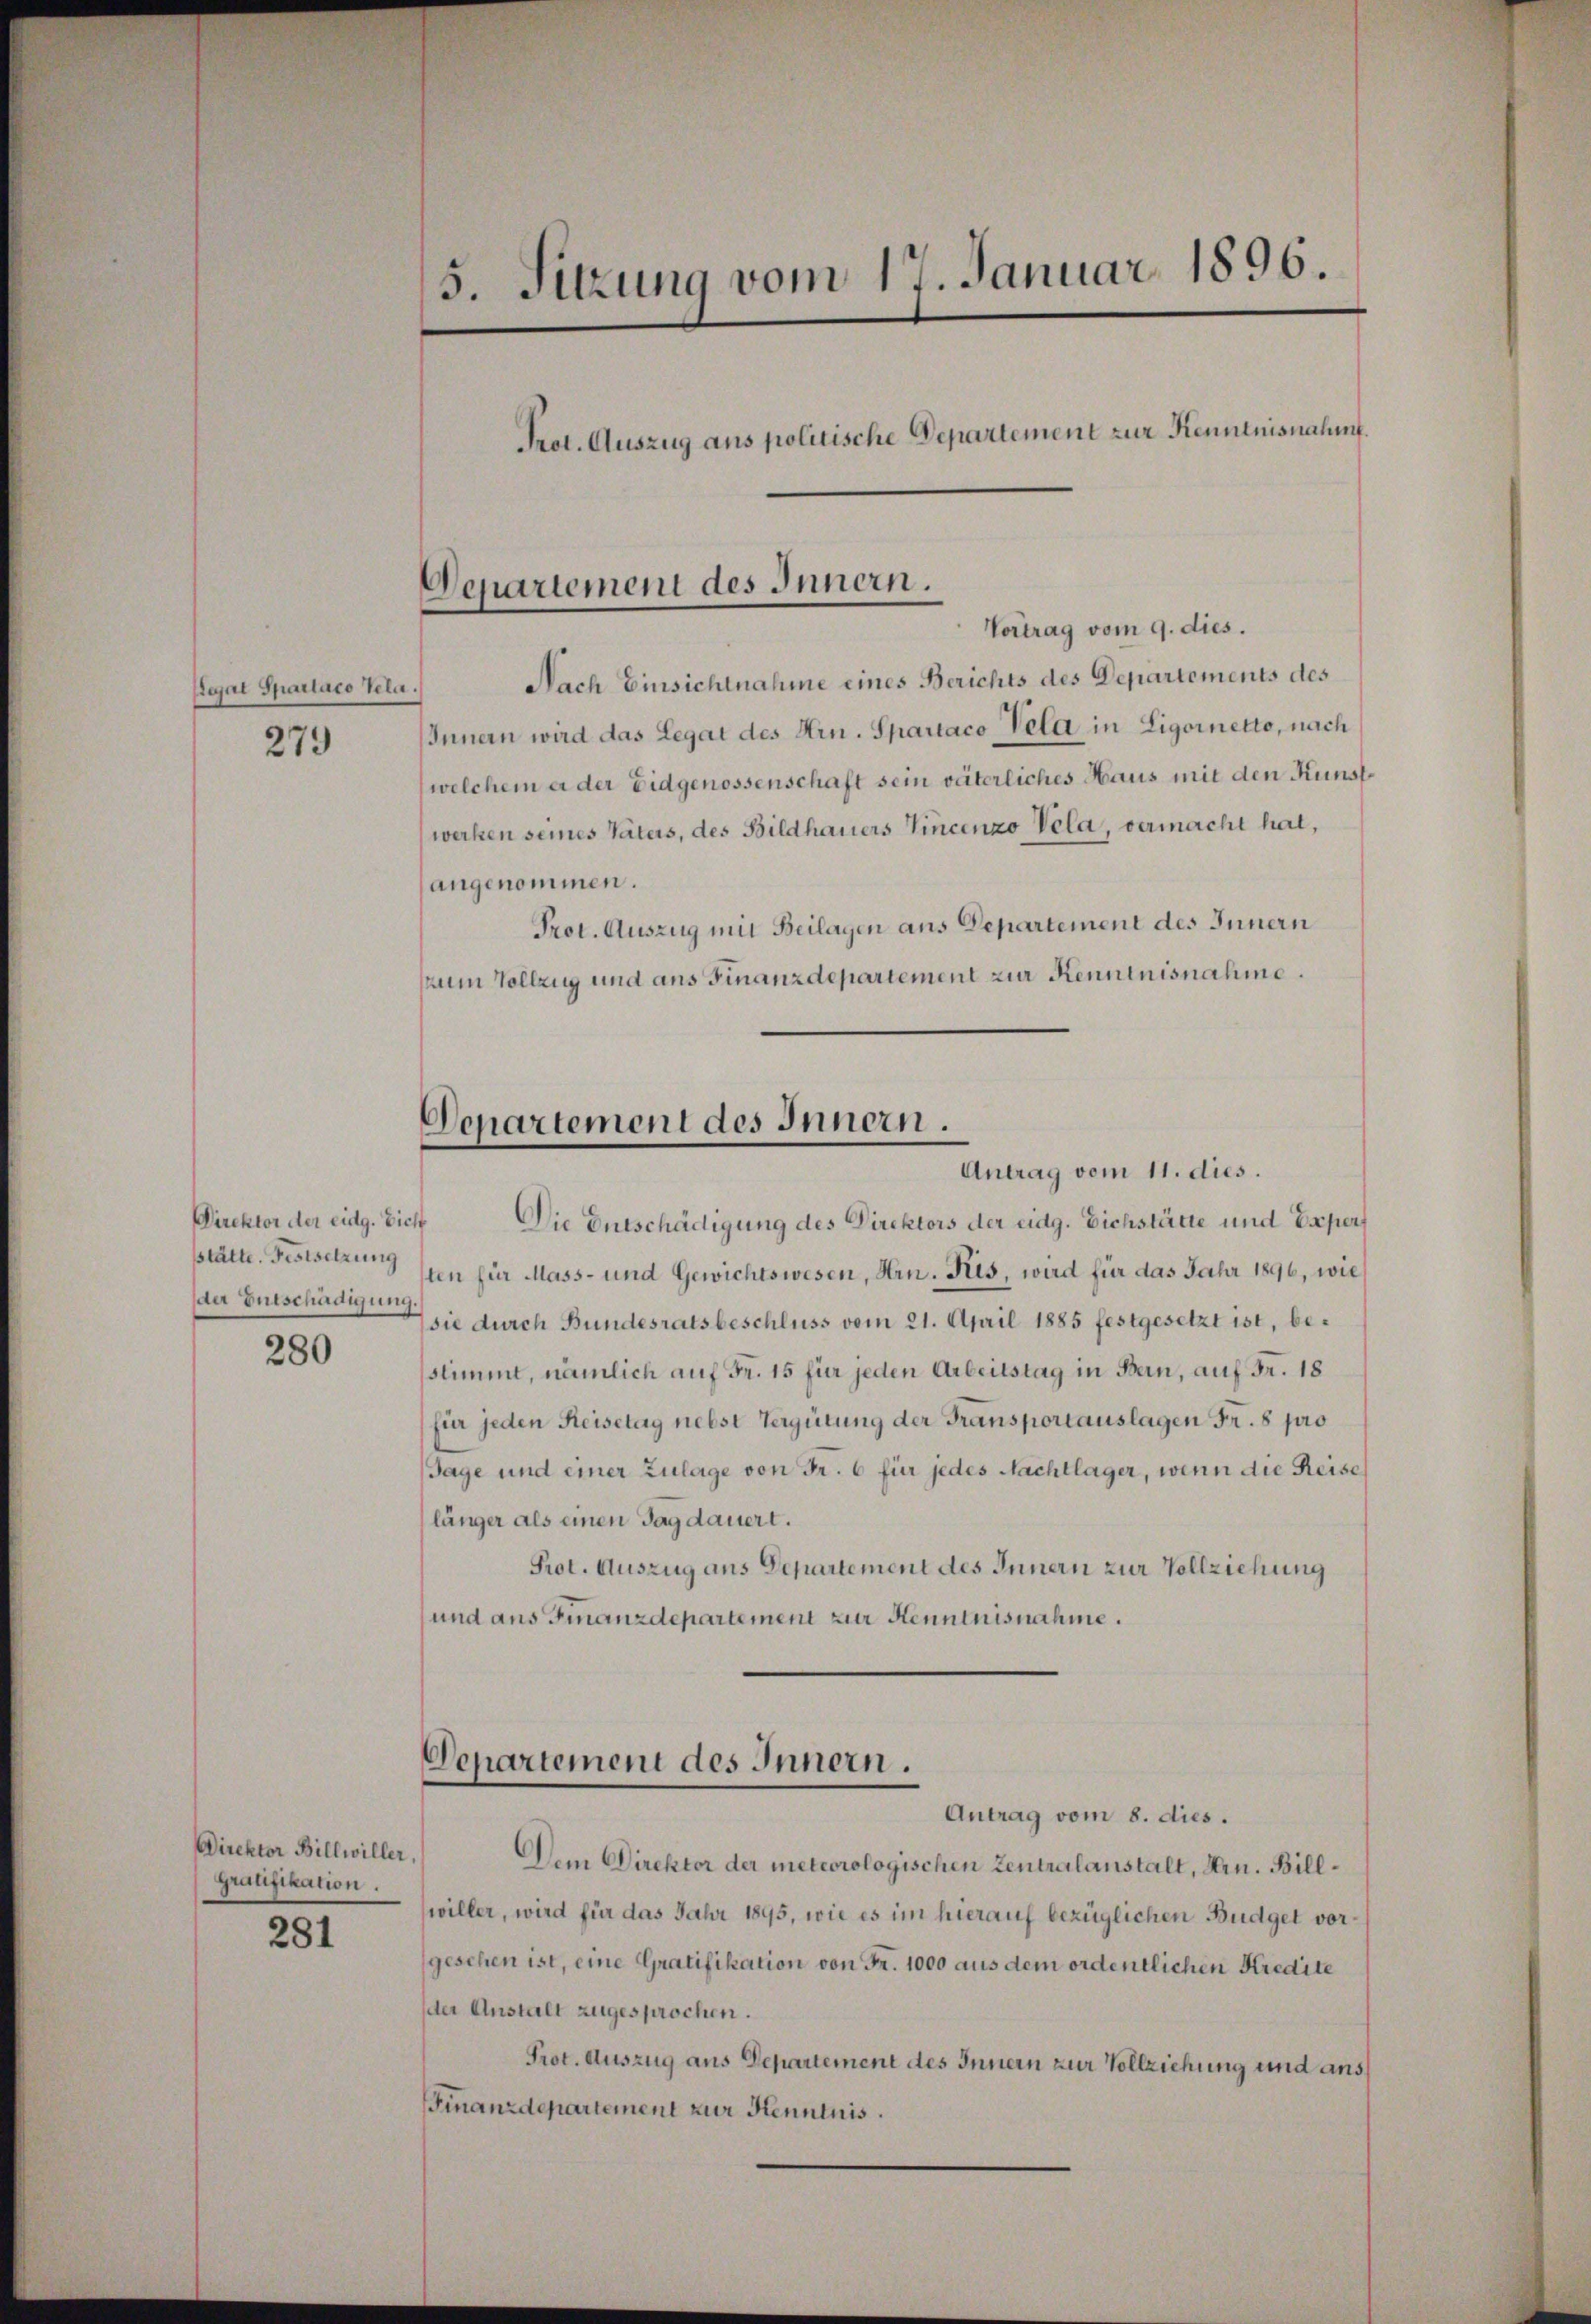
Regal Sparlaco Tela.

279

Direktor der eidg. Vieh
der Entschädigung.
280

Direktor Billwiller,
Graffikation.

281

5. Sitzung vom 17. Januar 1896.
Prot. Auszug aus politische Departement zur Kenntnisnahm.

Departement des Innern.
Vortrag vom 9. dies.

Nach Einsichtnahme eines Berichts des Departements des
Innern wird das Legat des Hrn. Sparraco Vela in Ligornetto, nach
welchem a der Eidgenossenschaft sein väterliches Haus mit den Kunst
werken seines Vaters, des Bildhauers Vincenzo Vela, vermacht hat,
angenommen.
Prot. Auszug mit Beilagen aus Departement des Innern
zum Vollzug und aus Finanzdepartement zur Kenntnisnahme.

Denartement des Innern.
Antrag vom 11. dies.

Die Entschädigung des Direktors der eidg. Eichstätte und Espers
Stätte. Festsetzungen für Mass- und Gewichtswesen, Hrn. Kis, wird für das Jahr 1896, wie
sie durch Bundesratsbeschluss vom 21. April 1885 festgesetzt ist, bestimmt, nämlich auf Fr. 15 für jeden Arbeitstag in Bern, auf Fr. 18
(für jeden Reisetag nebst Vergütung der Transportauslagen Fr. 8 pro
Tage und einer Zulage von Fr. 6 für jedes Nachtlager, wenn die Reise
länger als einen Tag dauert.
Prot. Auszug aus Departement des Innern zur Vollziehung
und aus Finanzdepartement zur Kenntnisnahme.

Departement des Innern.
Antrag vom 8. dies.

Dem Direktor der meteorologischen Zentralanstalt, Hrn. Billwiller, wird für das Jahr 1895, wie es im hierauf bezüglichen Budget vorgeschen ist, eine Gratifikation von Fr. 1000 aus dem ordentlichen Kredite
der Anstalt zugesprochen.
Prot. Auszug aus Departement des Innern zur Vollziehung und aus¬
Finanzdepartement zur Kenntnis.